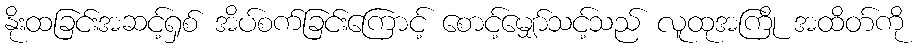
နိုးထခြင်းအဆင့်ရှစ် အိပ်စက်ခြင်းကြောင့် စောင့်မျှော်သင့်သည် လူထုအကြို အထိတ်ကို